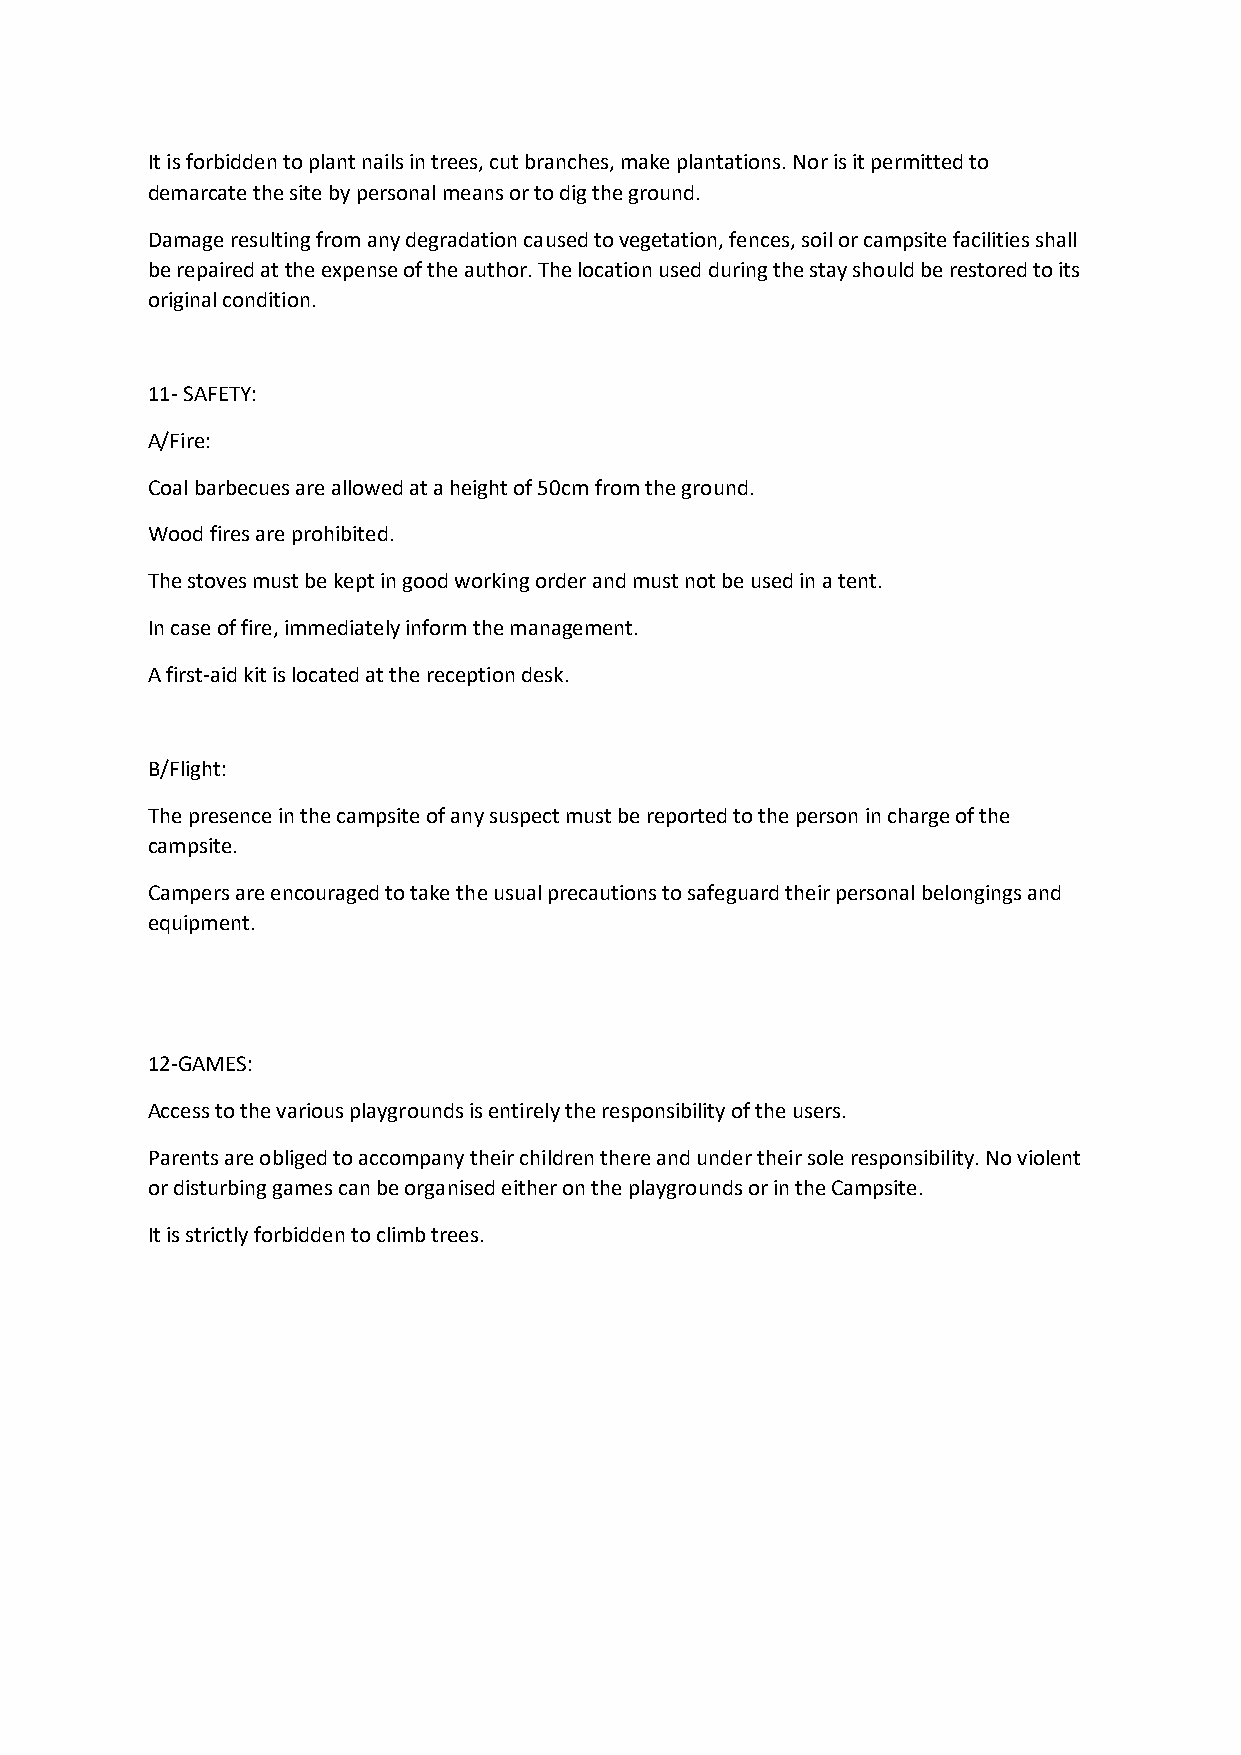
It is forbidden to plant nails in trees, cut branches, make plantations. Nor is it permitted to
 demarcate the site by personal means or to dig the ground.
 Damage resulting from any degradation caused to vegetation, fences, soil or campsite facilities shall
 be repaired at the expense of the author. The location used during the stay should be restored to its
 original condition.
 11- SAFETY:
 A/Fire:
 Coal barbecues are allowed at a height of 50cm from the ground.
 Wood fires are prohibited.
 The stoves must be kept in good working order and must not be used in a tent.
 In case of fire, immediately inform the management.
 A first-aid kit is located at the reception desk.
 B/Flight:
 The presence in the campsite of any suspect must be reported to the person in charge of the
 campsite.
 Campers are encouraged to take the usual precautions to safeguard their personal belongings and
 equipment.
 12-GAMES:
 Access to the various playgrounds is entirely the responsibility of the users.
 Parents are obliged to accompany their children there and under their sole responsibility. No violent
 or disturbing games can be organised either on the playgrounds or in the Campsite.
 It is strictly forbidden to climb trees.